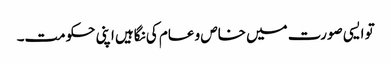
تو ایسی صورت میں خاص و عام کی نگاہیں اپنی حکومت۔